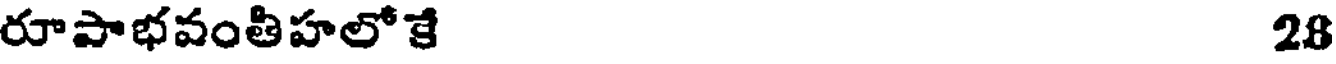
రూపాభవంతిహలోకే 28